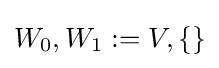
W_{0},W_{1}:=V,\{\}